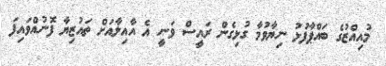
މުއިއްޒުގެ ބައްޕާފުޅު ނިޔާވުމާ ގުޅިގެން ރައީސް ވަނީ އެ އާއިލާއަށް ތައުޒިޔާ ފޮނުއްވައިފަ